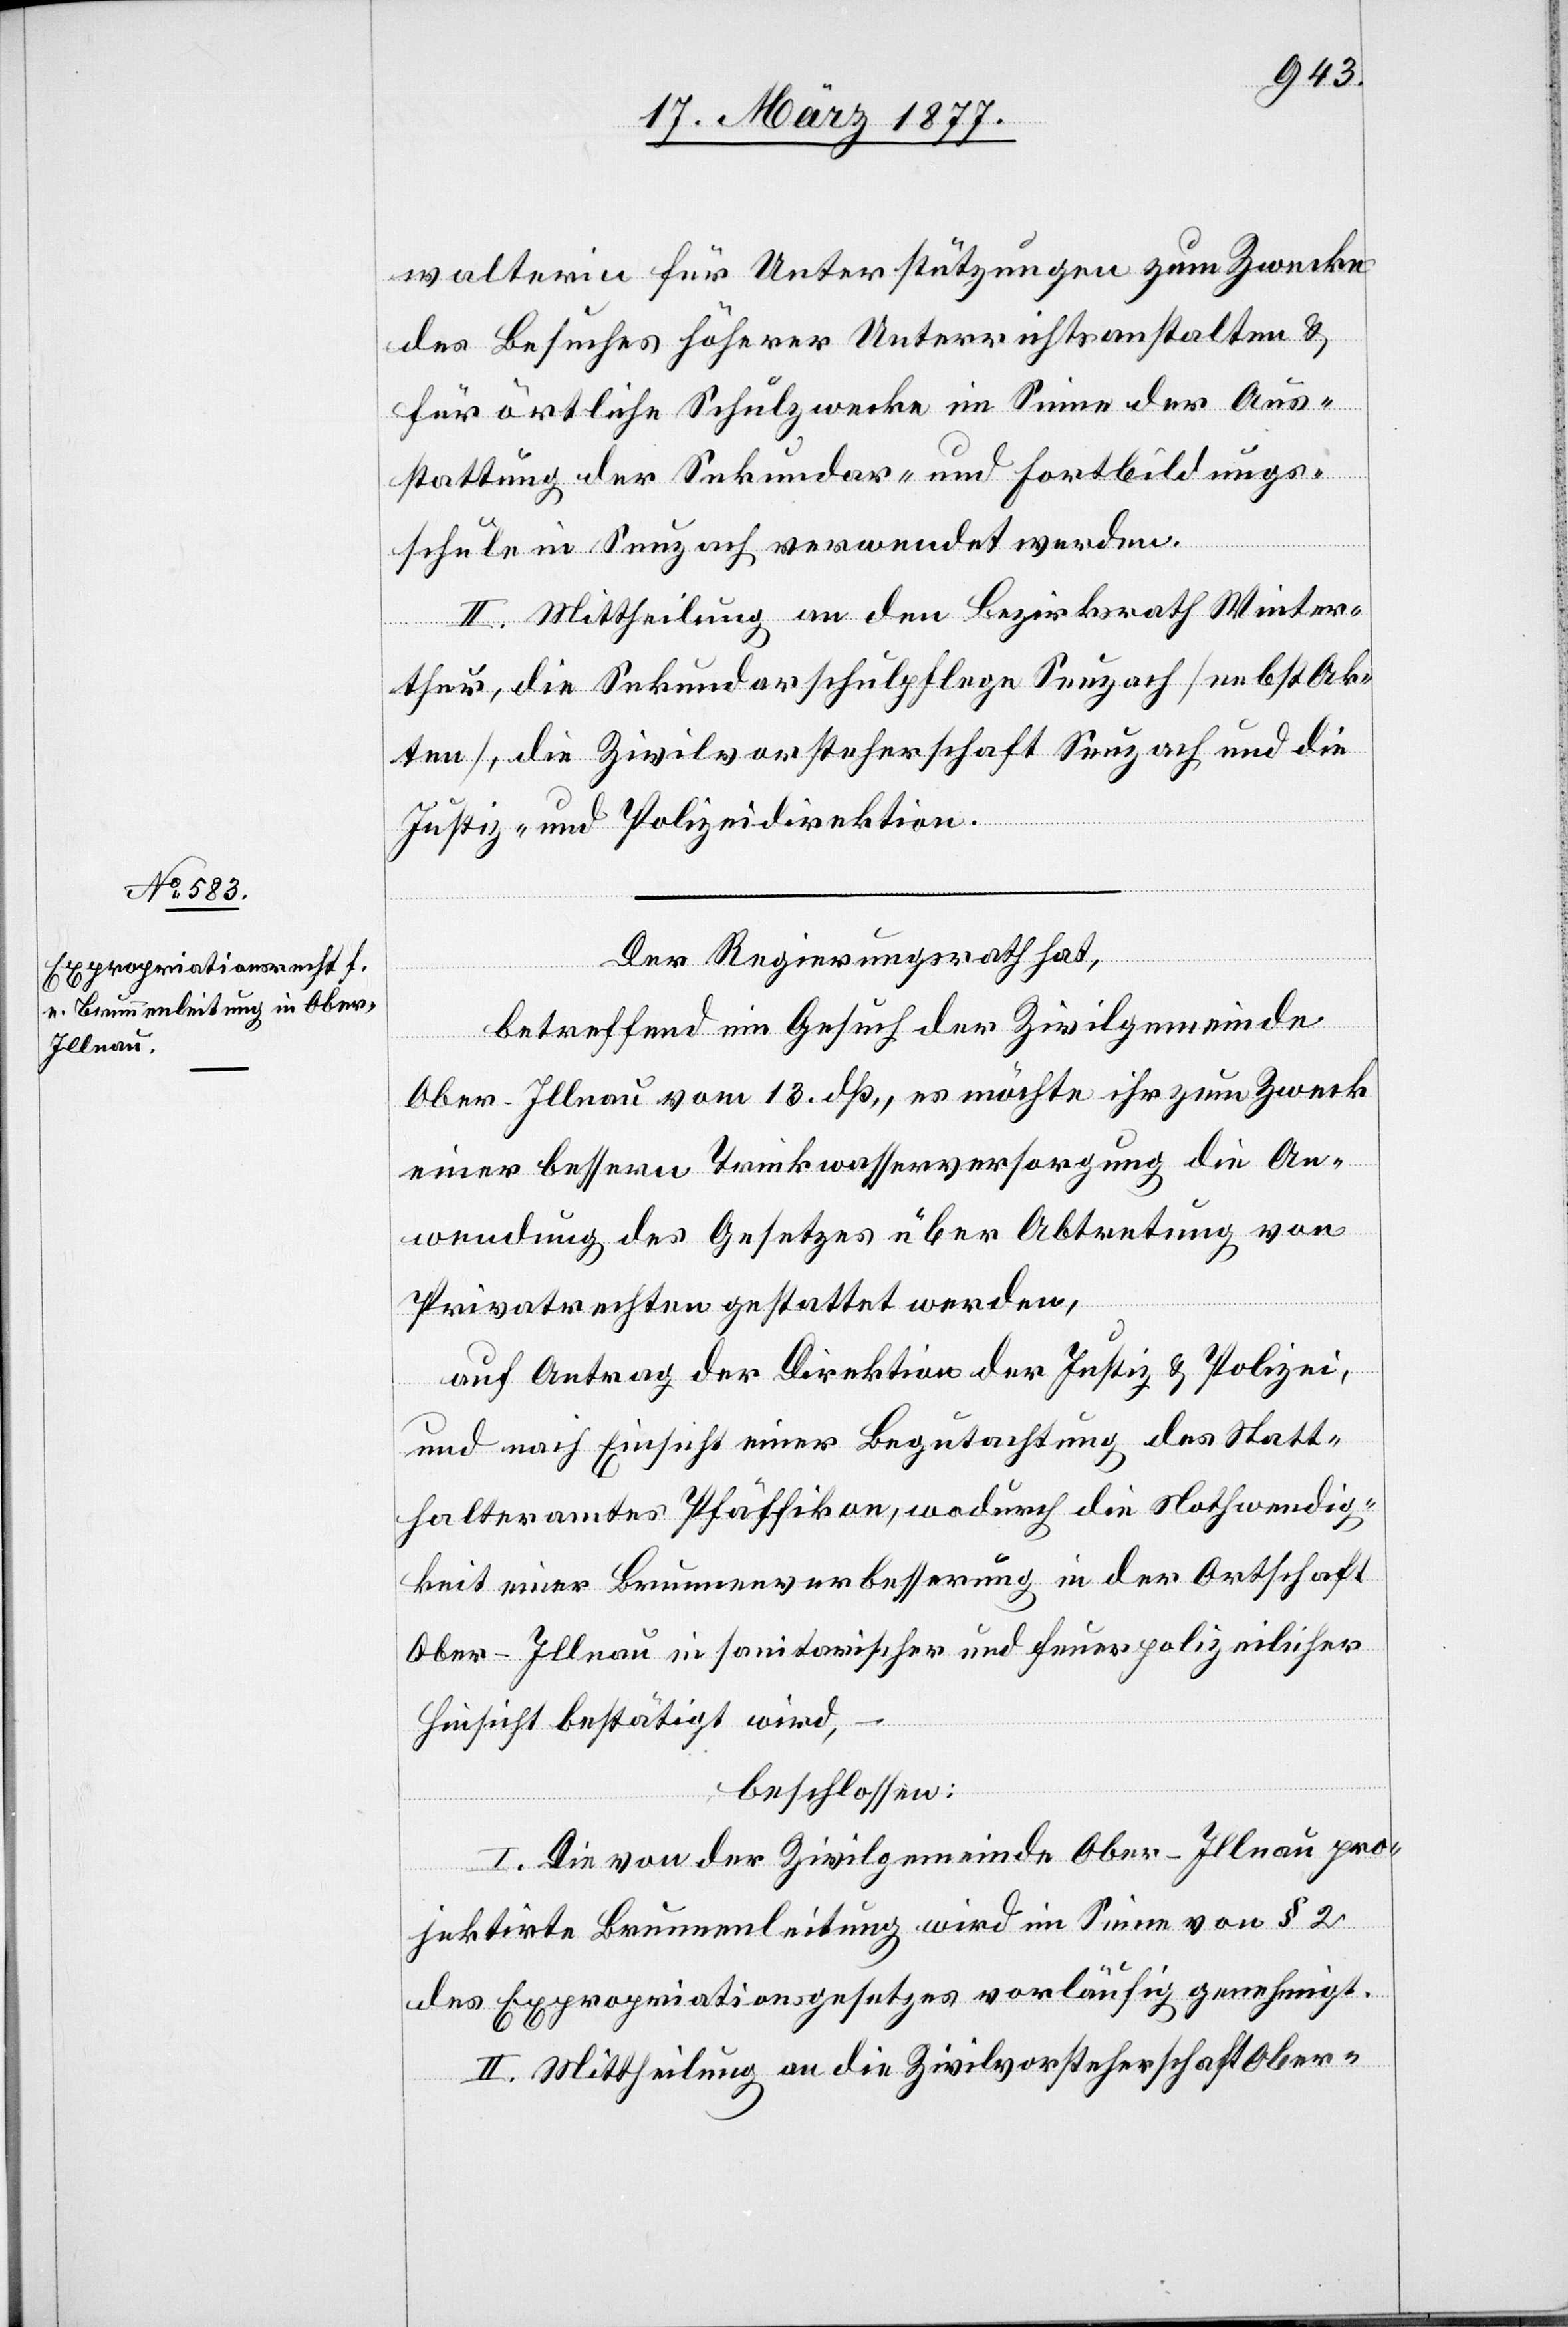
walterin für Unterstützungen zum Zwecke
des Besuches höherer Unterrichtsanstalten &
für örtliche Schulzwecke im Sinne der Aus¬
stattung der Sekundar- und Fortbildungs¬
schule in Seuzach verwendet werden.
II. Mittheilung an den Bezirksrath Winter¬
thur, die Sekundarschulpflege Seuzach [nebst Ak¬
ten], die Zivilvorsteherschaft Seuzach und die
Justiz- und Polizeidirektion.
Der Regierungsrath hat,
betreffend ein Gesuch der Zivilgemeinde
Ober-Illnau vom 13. dß., es möchte ihr zum Zweck
einer bessern Trinkwasserversorgung die An¬
wendung des Gesetzes über Abtretung von
Privatrechten gestattet werden,
auf Antrag der Direktion der Justiz & Polizei,
und nach Einsicht einer Begutachtung des Statt¬
halteramtes Pfäffikon, wodurch die Nothwendig¬
keit einer Brunnenverbesserung in der Ortschaft
Ober-Illnau in sanitarischer und feuerpolizeilicher
Hinsicht bestätigt wird,
beschlossen:
I. Die von der Zivilgemeinde Ober-Illnau pro¬
jektirte Brunnenleitung wird im Sinne von § 2
des Expropriationsgesetzes vorläufig genehmigt.
II. Mittheilung an die Zivilvorsteherschaft Ober-